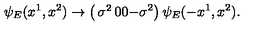
\psi _ { E } ( x ^ { 1 } , x ^ { 2 } ) \rightarrow \left( \begin{matrix} { \sigma ^ { 2 } } & { 0 } \\ { 0 } & { - \sigma ^ { 2 } } \\ \end{matrix} \right) \psi _ { E } ( - x ^ { 1 } , x ^ { 2 } ) .